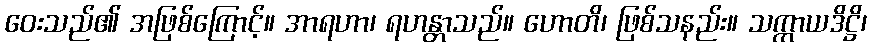
ဝေးသည်၏ အဖြစ်ကြောင့်။ အာရဟာ၊ ရဟန္တာသည်။ ဟောတိ၊ ဖြစ်သနည်း။ သက္ကာယဒိဋ္ဌိ၊